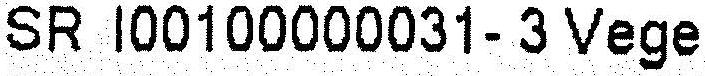
SR I00100000031- 3 VEGE